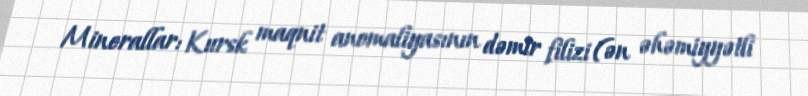
Minerallar: Kursk maqnit anomaliyasının dəmir filizi (ən əhəmiyyətli